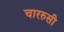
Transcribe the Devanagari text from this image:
चाररुसी